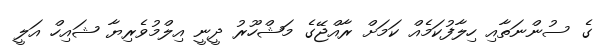
ގެ ސުންނަތާއި ހިލާފުކަމެއް ކަމަށް ރާއްޖޭގެ މަޝްހޫރު ދީނީ އިލްމުވެރިޔާ ޝައިހް އަލީ